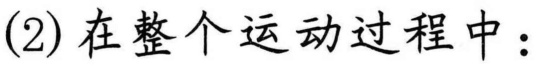
(2)在整个运动过程中：